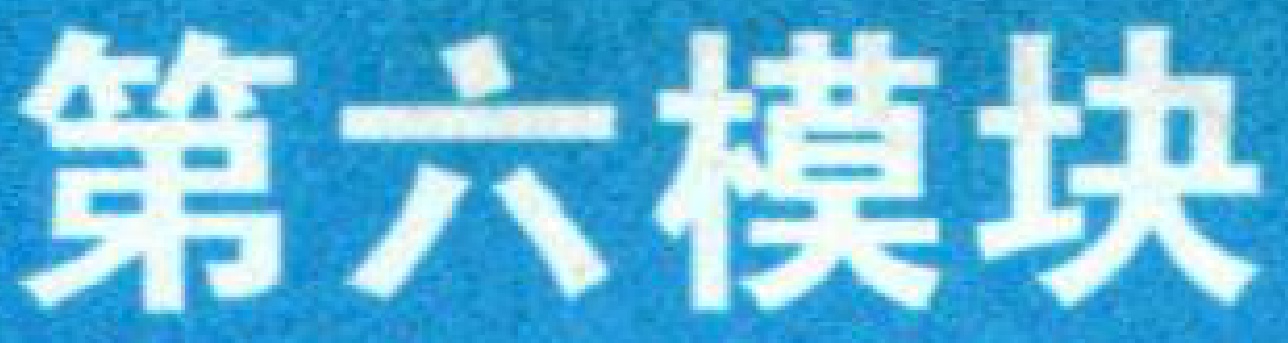
第六模块